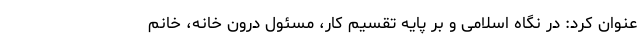
عنوان کرد: در نگاه اسلامی و بر پایه تقسیم کار، مسئول درون خانه، خانم